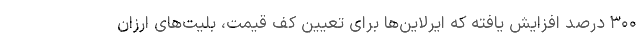
۳۰۰ درصد افزایش یافته که ایرلاین‌ها برای تعیین کف قیمت، بلیت‌های ارزان